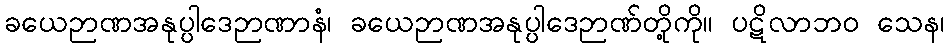
ခယေဉာဏအနုပ္ပါဒေဉာဏာနံ၊ ခယေဉာဏအနုပ္ပါဒေဉာဏ်တို့ကို။ ပဋိလာဘဝ သေန၊